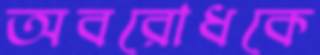
অবরোধকে